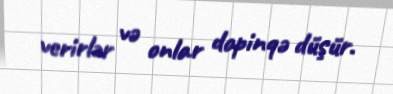
verirlər və onlar dopinqə düşür.